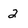
Character: 2